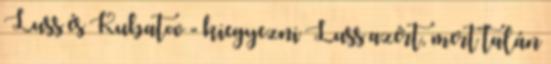
Luss és Kubatov - kiegyezni Luss azért, mert talán